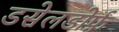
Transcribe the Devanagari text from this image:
डसेलडोर्फ़